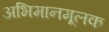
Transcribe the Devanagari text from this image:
अभिमानमूलक